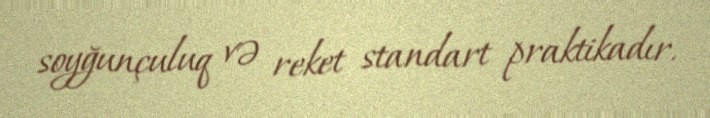
soyğunçuluq və reket standart praktikadır.